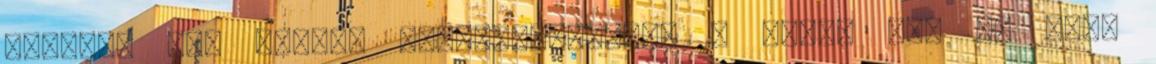
ezekben van valami megfoghatatlan. S aztán ott az erdő